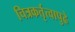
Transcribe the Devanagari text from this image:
चित्रकर्तृत्वापुढे